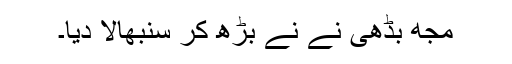
مجھ بڈھی نے نے بڑھ کر سنبھالا دیا۔